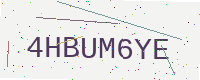
Text: 4HBUM6YE